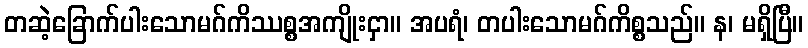
တဆဲ့ခြောက်ပါးသောမဂ်ကိဿစ္စအကျိုးငှာ။ အပရံ၊ တပါးသောမဂ်ကိစ္စသည်။ န၊ မရှိပြီ။